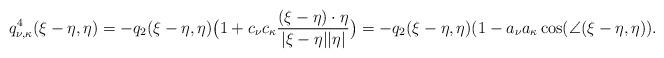
LaTeX: \begin{align*}q^4_{\nu, \kappa}(\xi-\eta, \eta)= -q_2(\xi-\eta, \eta)\big( 1+c_{\nu}c_{\kappa} \frac{(\xi-\eta)\cdot \eta}{|\xi-\eta||\eta|} \big)= -q_2(\xi-\eta, \eta)(1-a_{\nu}a_{\kappa}\cos(\angle(\xi-\eta, \eta)).\end{align*}